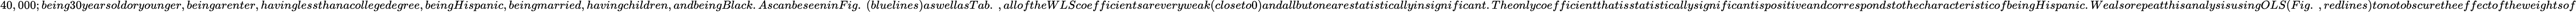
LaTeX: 40,000;being30yearsoldoryounger,beingarenter,havinglessthanacollegedegree,beingHispanic,beingmarried,havingchildren,andbeingBlack.AscanbeseeninFig.~(bluelines)aswellasTab.~,alloftheWLScoefficientsareveryweak(closeto0)andallbutonearestatisticallyinsignificant.TheonlycoefficientthatisstatisticallysignificantispositiveandcorrespondstothecharacteristicofbeingHispanic.WealsorepeatthisanalysisusingOLS(Fig.~,redlines)tonotobscuretheeffectoftheweightsof